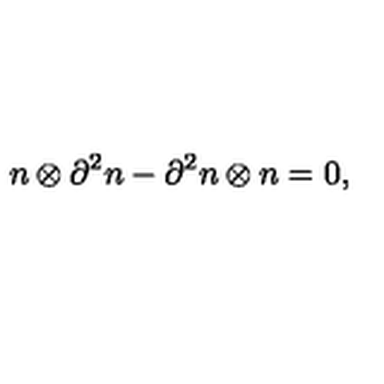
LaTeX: n \otimes \partial ^ { 2 } n - \partial ^ { 2 } n \otimes n = 0 ,